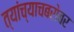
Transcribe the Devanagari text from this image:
त्यांच्याचबरोबर